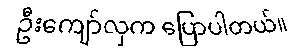
ဦးကျော်လှက ပြောပါတယ်။